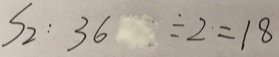
S _ { 2 } : 3 6 \div 2 = 1 8